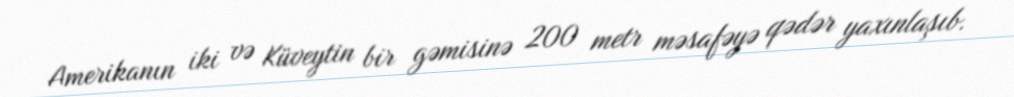
Amerikanın iki və Küveytin bir gəmisinə 200 metr məsafəyə qədər yaxınlaşıb.